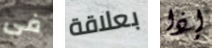
فى بعلاقة إذا